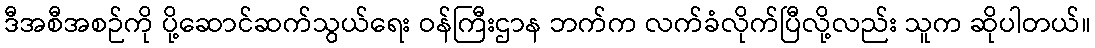
ဒီအစီအစဉ်ကို ပို့ဆောင်ဆက်သွယ်ရေး ဝန်ကြီးဌာန ဘက်က လက်ခံလိုက်ပြီလို့လည်း သူက ဆိုပါတယ်။